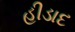
હીડાદ